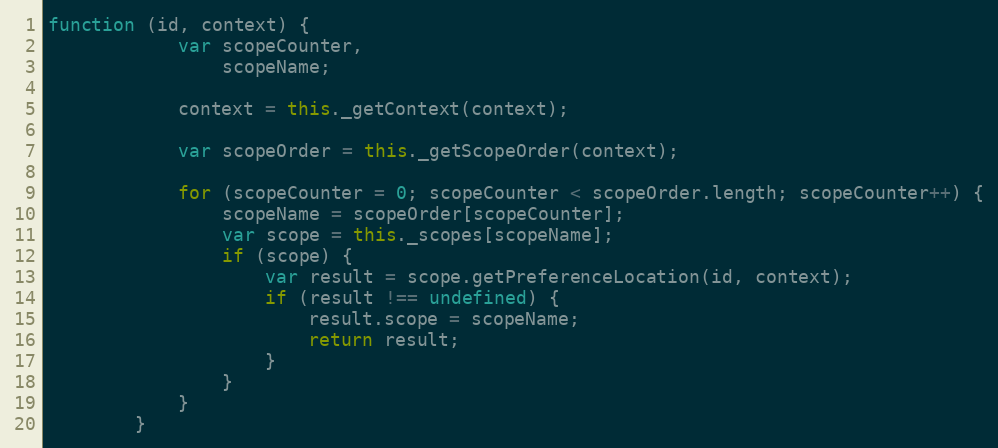
Language: JavaScript
function (id, context) {
            var scopeCounter,
                scopeName;

            context = this._getContext(context);

            var scopeOrder = this._getScopeOrder(context);

            for (scopeCounter = 0; scopeCounter < scopeOrder.length; scopeCounter++) {
                scopeName = scopeOrder[scopeCounter];
                var scope = this._scopes[scopeName];
                if (scope) {
                    var result = scope.getPreferenceLocation(id, context);
                    if (result !== undefined) {
                        result.scope = scopeName;
                        return result;
                    }
                }
            }
        }